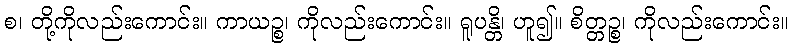
စ၊ တို့ကိုလည်းကောင်း။ ကာယဉ္စ၊ ကိုလည်းကောင်း။ ရူပန္တိ၊ ဟူ၍။ စိတ္တဉ္စ၊ ကိုလည်းကောင်း။